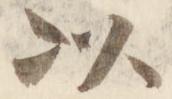
以